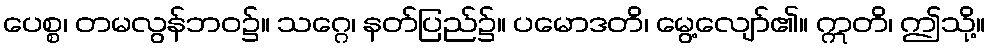
ပေစ္စ၊ တမလွန်ဘဝ၌။ သဂ္ဂေ၊ နတ်ပြည်၌။ ပမောဒတိ၊ မွေ့လျော်၏။ ဣတိ၊ ဤသို့။